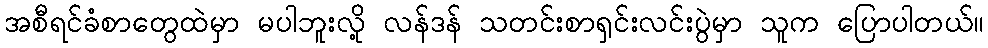
အစီရင်ခံစာတွေထဲမှာ မပါဘူးလို့ လန်ဒန် သတင်းစာရှင်းလင်းပွဲမှာ သူက ပြောပါတယ်။